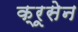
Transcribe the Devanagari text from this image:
क्रूसेन